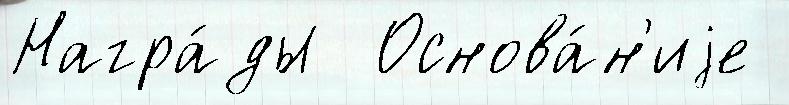
Награ́ды  Основа́н'иjе